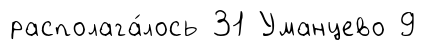
располага́лось 31 Уманцево 9